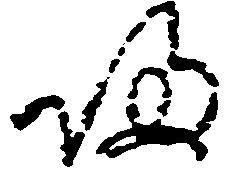
帰